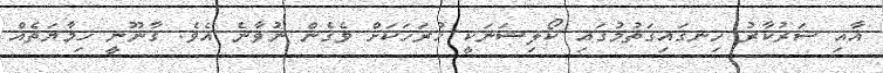
އާއި ސަރުކާރު ހިނގައިގަތުމުގައި ކޯލިޝަނަކީ ހުރަހަކަށް ވެގެން ނުވާނެ އެވެ. ގާނޫނީ ހިމާޔަތެއް